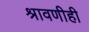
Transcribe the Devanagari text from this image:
श्रावणीही